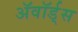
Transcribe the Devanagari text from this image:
ॲवॉर्ड्‌स